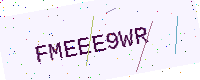
Text: FMEEE9WR